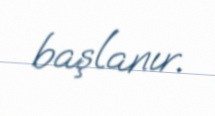
başlanır.